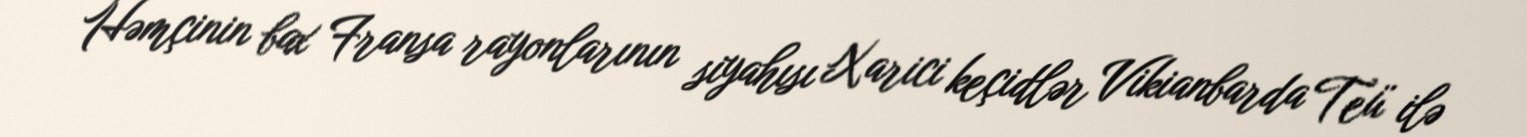
Həmçinin bax Fransa rayonlarının siyahısı Xarici keçidlər Vikianbarda Teü ilə